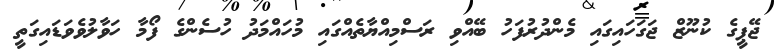
ޖޭޕީގެ ކުނޫޒް ޖަގަހައިގައި މެންދުރުފަހު ބޭއްވި ރަސްމިއްޔާތެއްގައި މުހައްމަދު ހުސެންގެ ފޯމާ ހަވާލުވެވަޑައިގަތީ